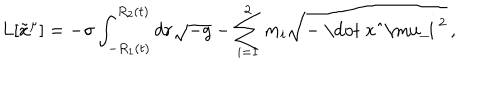
L [ \tilde { x } ^ { \mu } ] = - \sigma \int _ { - R _ { 1 } ( t ) } ^ { R _ { 2 } ( t ) } d r \sqrt { - g } - \sum _ { i = 1 } ^ { 2 } m _ { i } \sqrt { - \mathrm { ~ \dot { ~ } x _ { i } ^ { \ m u } ~ } ^ { 2 } } \, ,